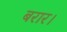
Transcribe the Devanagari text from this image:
बरार।